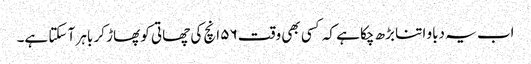
اب یہ دباو اتنا بڑھ چکا ہے کہ کسی بھی وقت ۵۶ انچ کی چھاتی کو پھاڑ کر باہر آ سکتا ہے۔